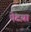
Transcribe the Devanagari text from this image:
पेटय़ा